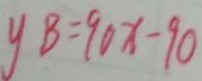
y B = 9 0 x - 9 0